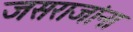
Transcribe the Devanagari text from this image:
जसराजांना